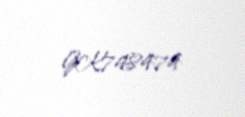
GK748474